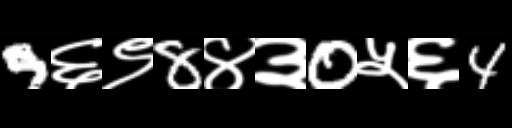
Text: 9६९8४३0५६4